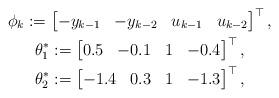
LaTeX: \begin{align*}\begin{gathered}\phi_k := \begin{bmatrix} -y_{k-1} & -y_{k-2} & u_{k-1} & u_{k-2} \end{bmatrix}^\top, \\\theta^*_1 := \begin{bmatrix} 0.5 & -0.1 & 1 & -0.4 \end{bmatrix}^\top, \\\theta^*_2 := \begin{bmatrix} -1.4 & 0.3 & 1 & -1.3 \end{bmatrix}^\top,\end{gathered}\end{align*}